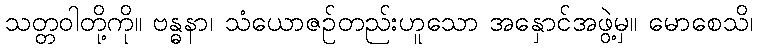
သတ္တဝါတို့ကို။ ဗန္ဓနာ၊ သံယောဇဉ်တည်းဟူသော အနှောင်အဖွဲ့မှ။ မောစေသိ၊